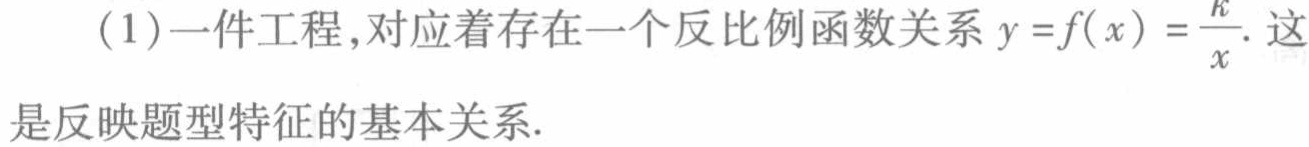
(1)一件工程,对应着存在一个反比例函数关系\(y = f(x)=\frac{k}{x}\).这是反映题型特征的基本关系.